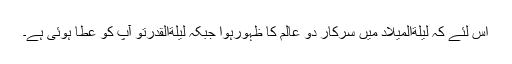
اس لئے کہ لیلةالمیلاد میں سرکار دو عالم کا ظہورہوا جبکہ لیلةالقدرتو آپ کو عطا ہوئی ہے۔